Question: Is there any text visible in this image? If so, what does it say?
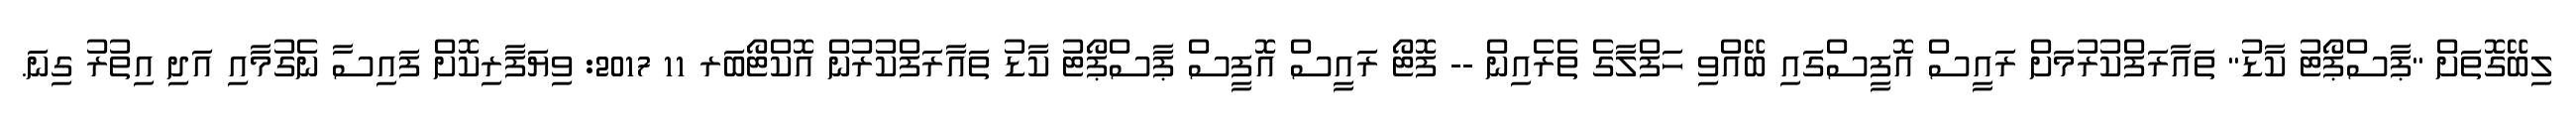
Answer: ލިބޭގޮތަށް "ޕާސްޕޯޓު ކާޑު" ތައާރަފްކުރުމަށް ރައީސް އޮފީސްގައި ބޭއްވި ހަފްލާގެ ތެރެއިން -- ފޮޓޯ ރައީސް އޮފީސް ޕާސްޕޯޓު ކާޑު ތައާރަފްކުރުން އޮކްޓޯބަރ 11 2017: ވިޔަފާރިކޮށް ފައިސާ ނެގުމާއި އަދި އިތުރު ގިނަ.